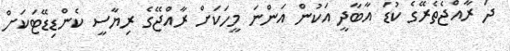
ދަ ރާއްޖެތެރޭގެ ކުޑަ އާބާދީ އަކުން އަންނަ މީހަކަށް ރާއްޖޭގެ ރިޔާސީ ކެންޑިޑޭޓަކަށް